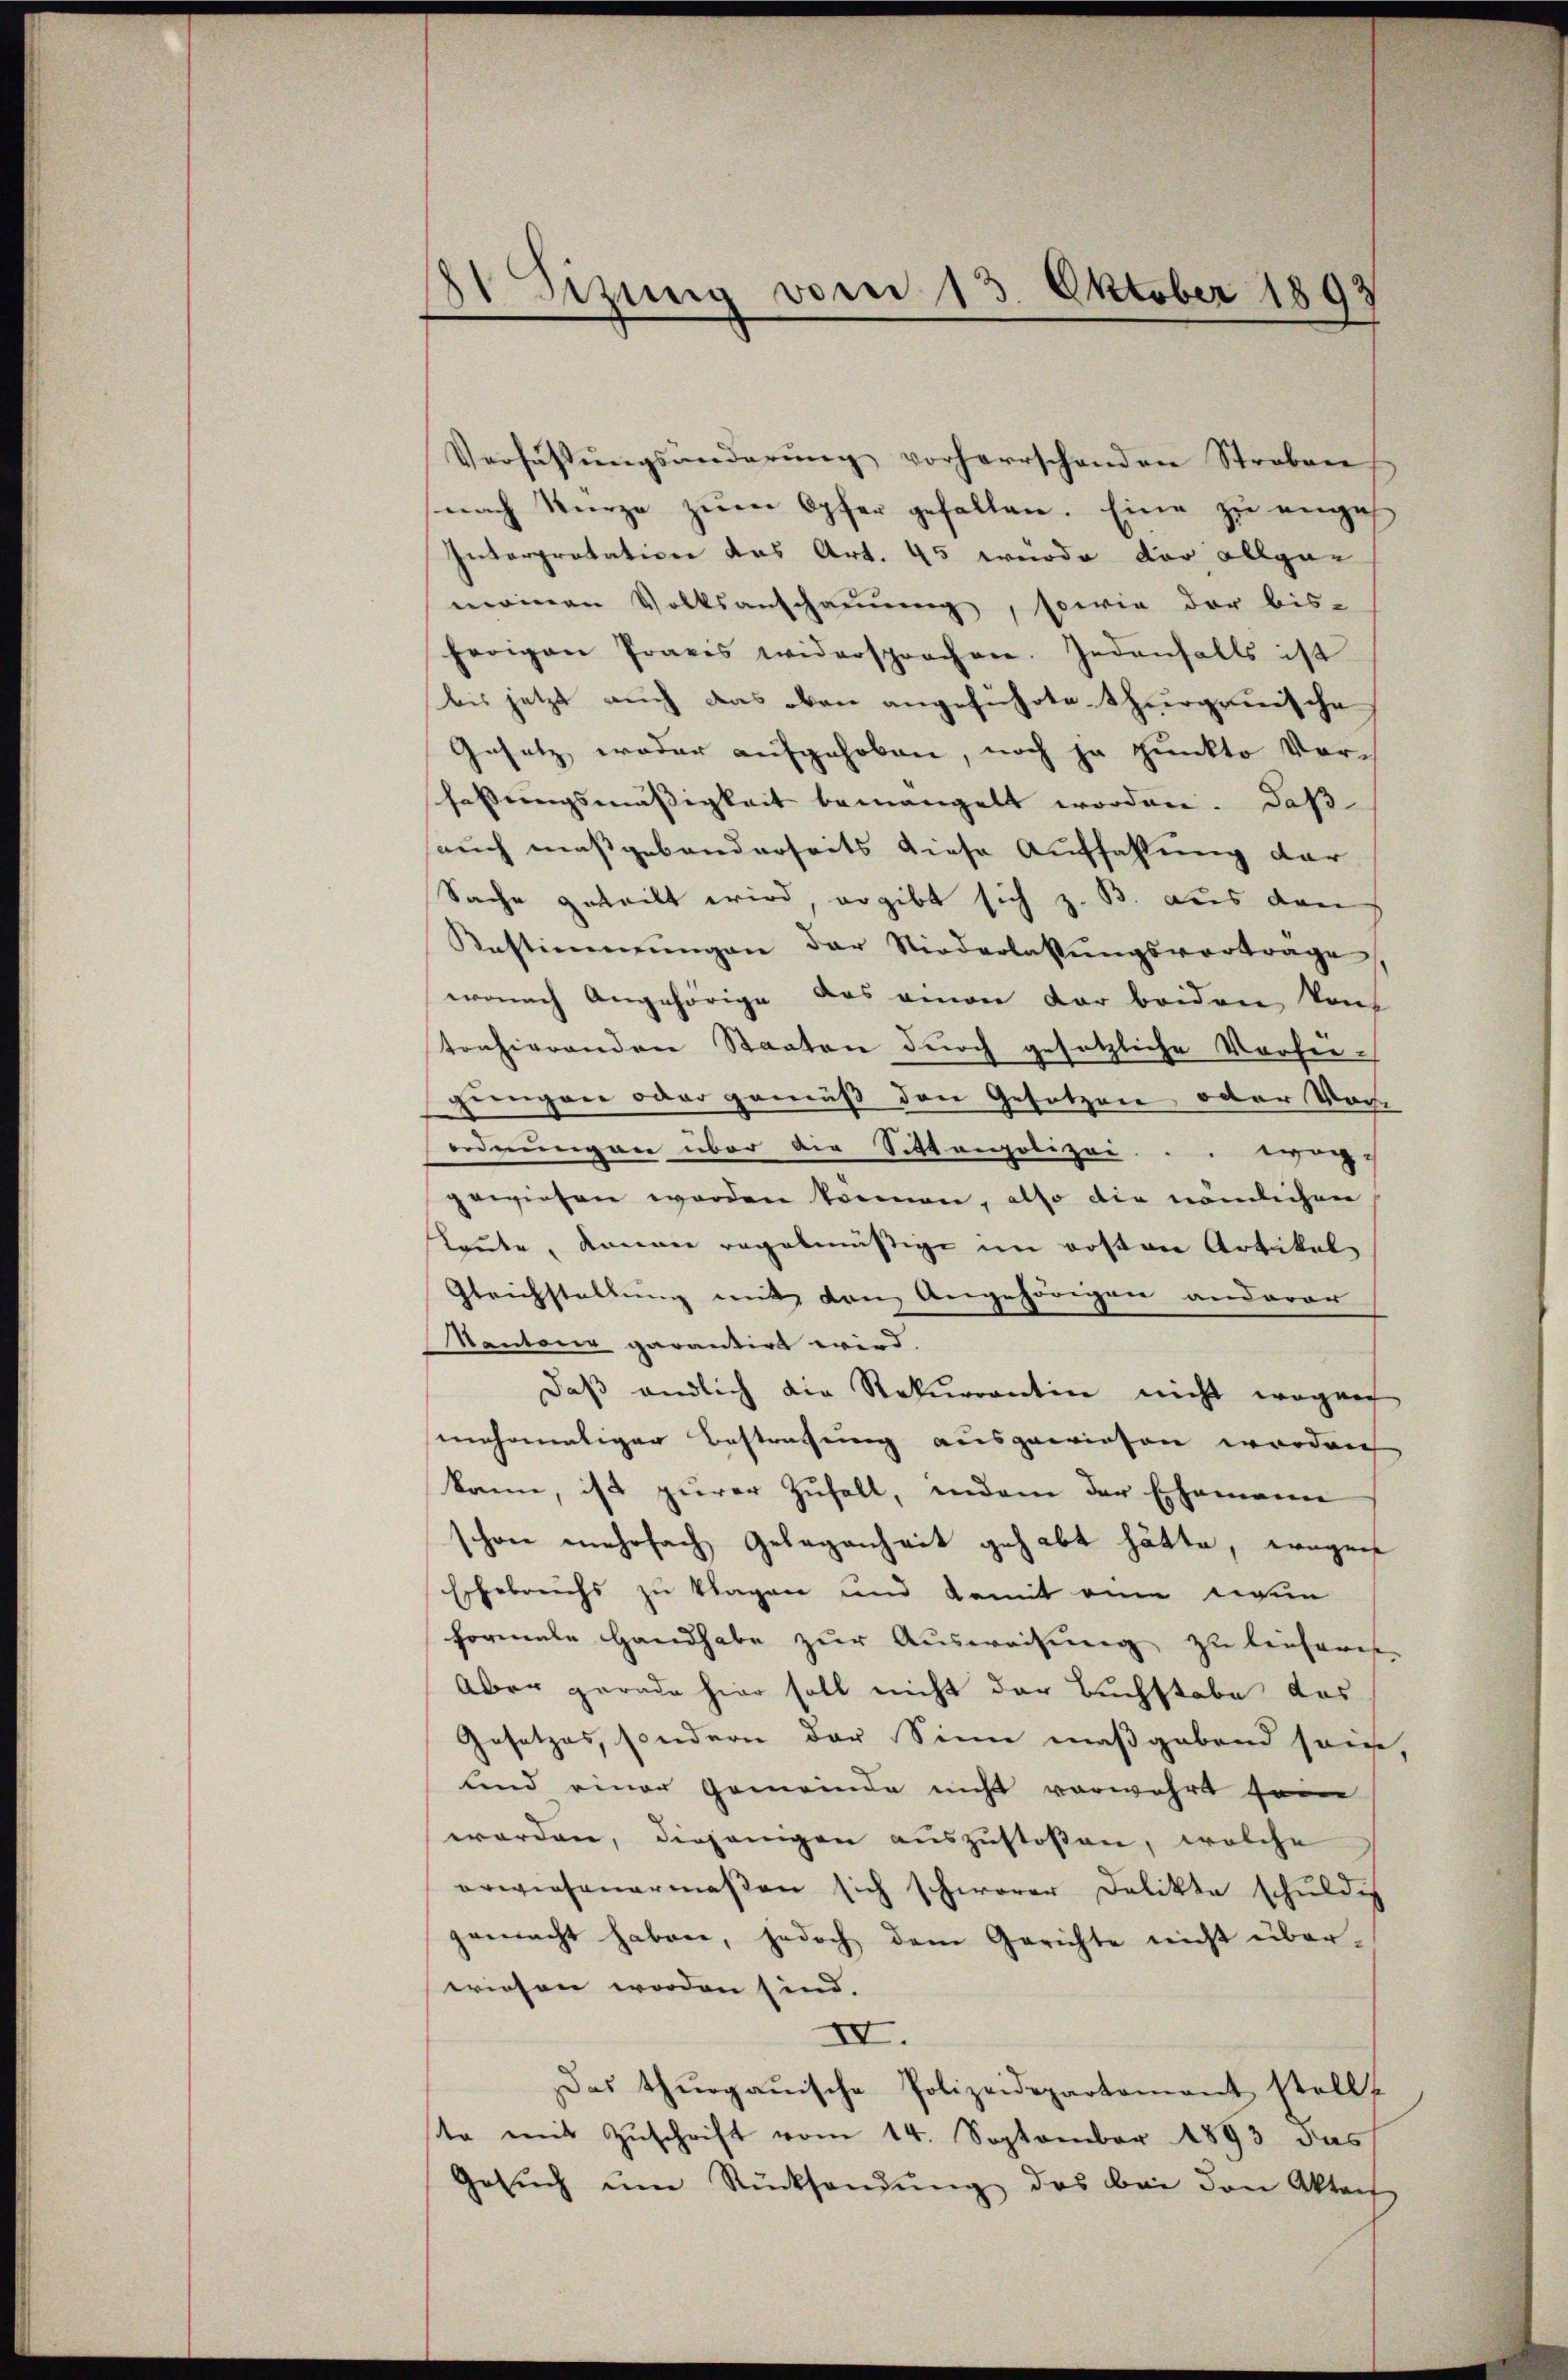
Sitzung vom 13. Oktober 1893

Verfassŭngsänderŭng vorherrschanden Stroben
nach Kurze zum Opfer gefallen. Eine zu engeh
Interpretation das Art. 45 wurde der allge-
meinen Volksanschaŭŭng, sowie der bis-
herigen Praxis widersprochen. Jedenfalls ist
bis jetzt auch das oben angeführte thurgauische
Gesetz weder aufgehoben, noch ja punkto Vorfassungsmässigkeit bemangelt worden. Daß
auch maßgebänderseits diese Auffahlung der
Sache geteilt wird, ergibt sich z. B. aus den
Anstimmungen der Niederlassŭngsvortrage
wonach Angehörige das einen der beiden Von
tonhierenden Staaten durch gesetzliche Vorheigiengen oder gemäß den Gesetzen oder Vor-
ordnungen über die Sittenpolizei . . egen
gewiesen worden können, also die nämlichen
Leute, könne regelmässige im kosten Artikel
Gleichstellung mit den Angehörigen anderer
Kantone garantirt wird.
Daß endlich die Rekurrentin nicht wegen
mehrmaliger Bestrafung ausgewiesen worden
kann, ist zurer Zufall, indem der Ehemanne
schon mehrfach Gelegenheit gehabt hätte, wegen
Erhebreichs zu tragen und damit eine wegen
formale Handhabe zur Ausweisung zu leicheris
Aber gerade hier soll nicht der Buchstabe das
Gesetzes, sondern der Sinn maßgebend sein,
und einer Gemeinde nicht vorwahrt sein
worden, diejenigen auszustossen, welche
erwiesenermassen sich schwerer Delikte schŭldig
gemacht haben, jedoch dem Gerichte nicht überwiesen worden sind.
IV.
Das thurgauische Polizeidepartement stell
ste mit Zuschrift vom 14. September 1893 das
Gesŭch ŭm Rücksendŭng des bei den Akten